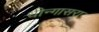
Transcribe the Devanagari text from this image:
धीन्गासरा